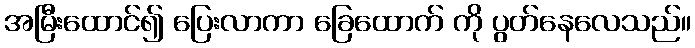
အမြီးထောင်၍ ပြေးလာကာ ခြေထောက် ကို ပွတ်နေလေသည်။